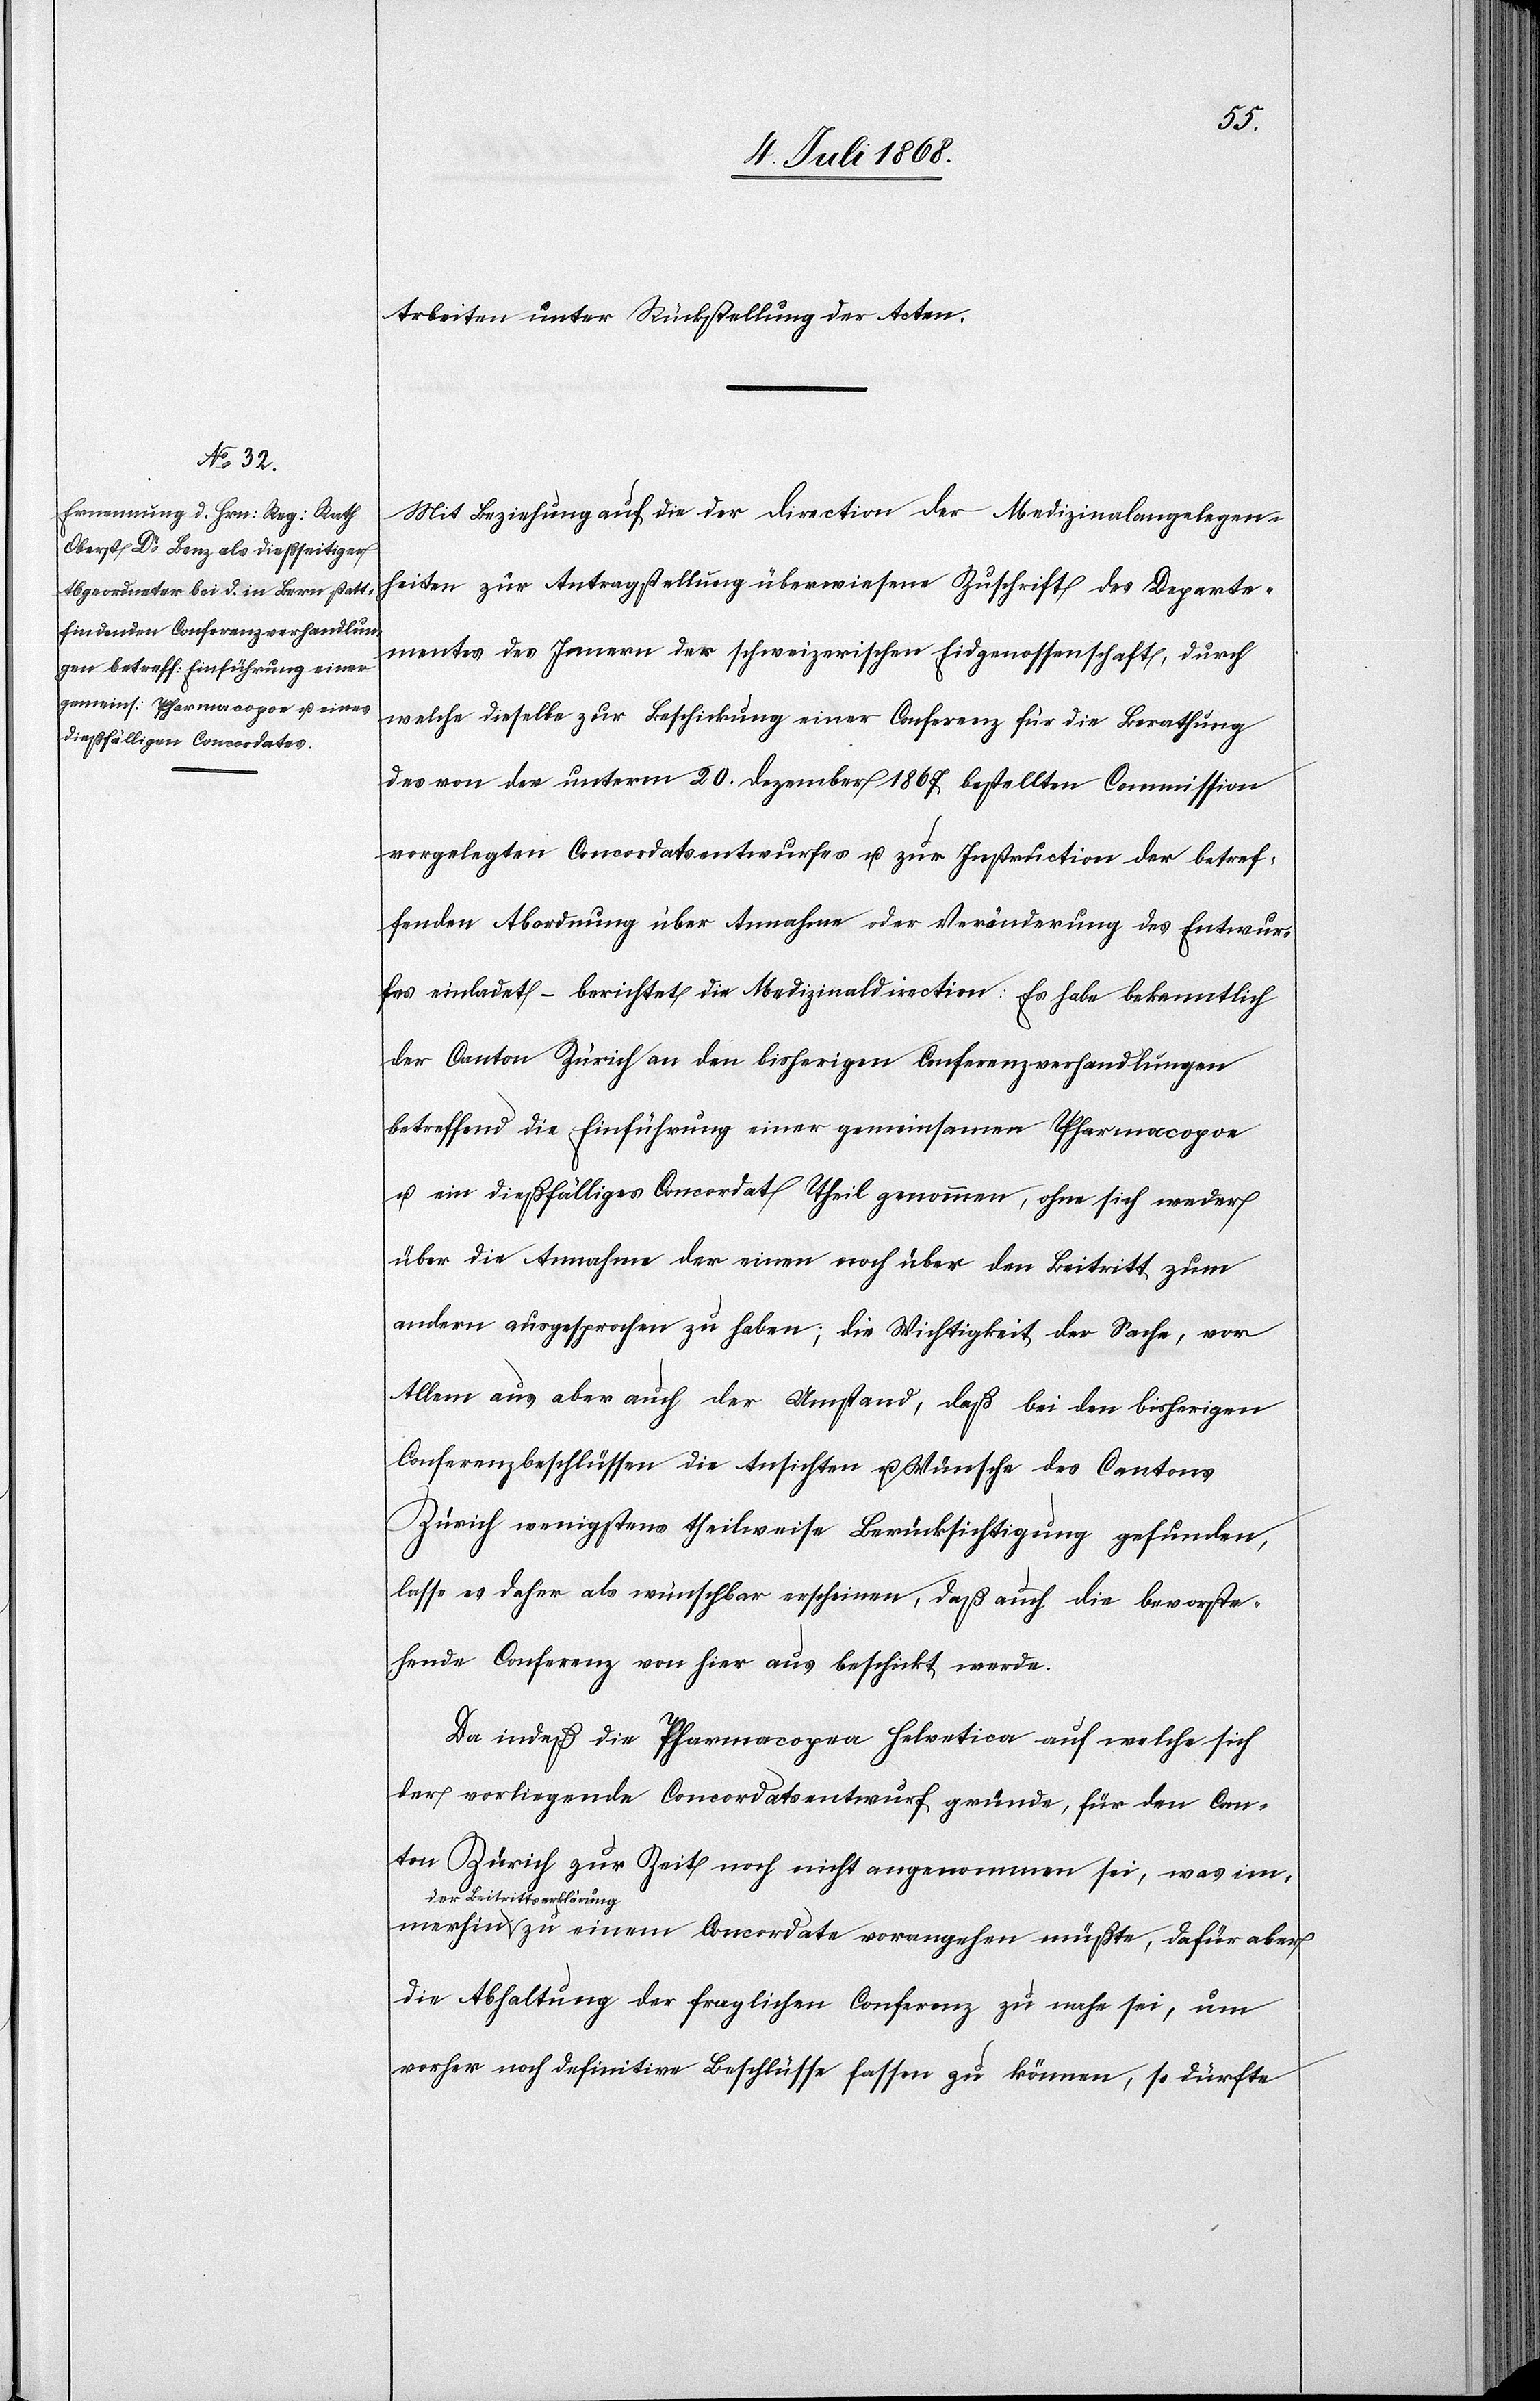
merhin
Arbeiten unter Rückstellung der Acten.
Mit Beziehung auf die der Direction der Medizinalangelegen¬
heiten zur Antragstellung überwiesene Zuschrift des Departe¬
mentes des Innern der schweizerischen Eidgenossenschaft, durch
welche dieselbe zur Beschickung einer Conferenz für die Berathung
des von der unterm 20. Dezember 1867 bestellten Commission
vorgelegten Concordatsentwurfes u. zur Instruction der betref¬
fenden Abordnung über Annahme oder Veränderung des Entwur¬
fes einladet – berichtet die Medizinaldirection: Es habe bekanntlich
der Canton Zürich an den bisherigen Conferenzverhandlungen
betreffend die Einführung einer gemeinsamen Pharmacopoe
u. ein dießfälliges Concordat Theil genommen, ohne sich weder
über die Annahme der einen noch über den Beitritt zum
andern ausgesprochen zu haben; die Wichtigkeit der Sache, vor
Allem aus aber auch der Umstand, daß bei den bisherigen
Conferenzbeschlüssen die Ansichten u. Wünsche des Cantons
Zürich wenigstens theilweise Berücksichtigung gefunden,
lasse es daher als wünschbar erscheinen, daß auch die bevorste¬
hende Conferenz von hier aus beschickt werde.
Da indeß die Pharmacop[o]ea Helvetica auf welche sich
der vorliegende Concordatsentwurf gründe, für den Can¬
ton Zürich zur Zeit noch nicht angenommen sei, was im¬
der Beitrittserklärung
zu einem Concordate vorangehen müßte, dafür aber
die Abhaltung der fraglichen Conferenz zu nahe sei, um
vorher noch definitive Beschlüsse fassen zu können, so dürfte